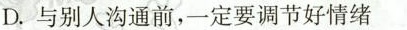
D.与别人沟通前，一定要调节好情绪